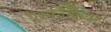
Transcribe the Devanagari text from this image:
एस्कोफियर